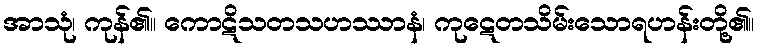
အာသုံ၊ ကုန်၏။ ကောဋိသတသဟဿာနံ၊ ကုဋေတသိမ်းသောရဟန်းတို့၏။